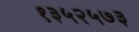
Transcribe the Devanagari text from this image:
१३५२५७३